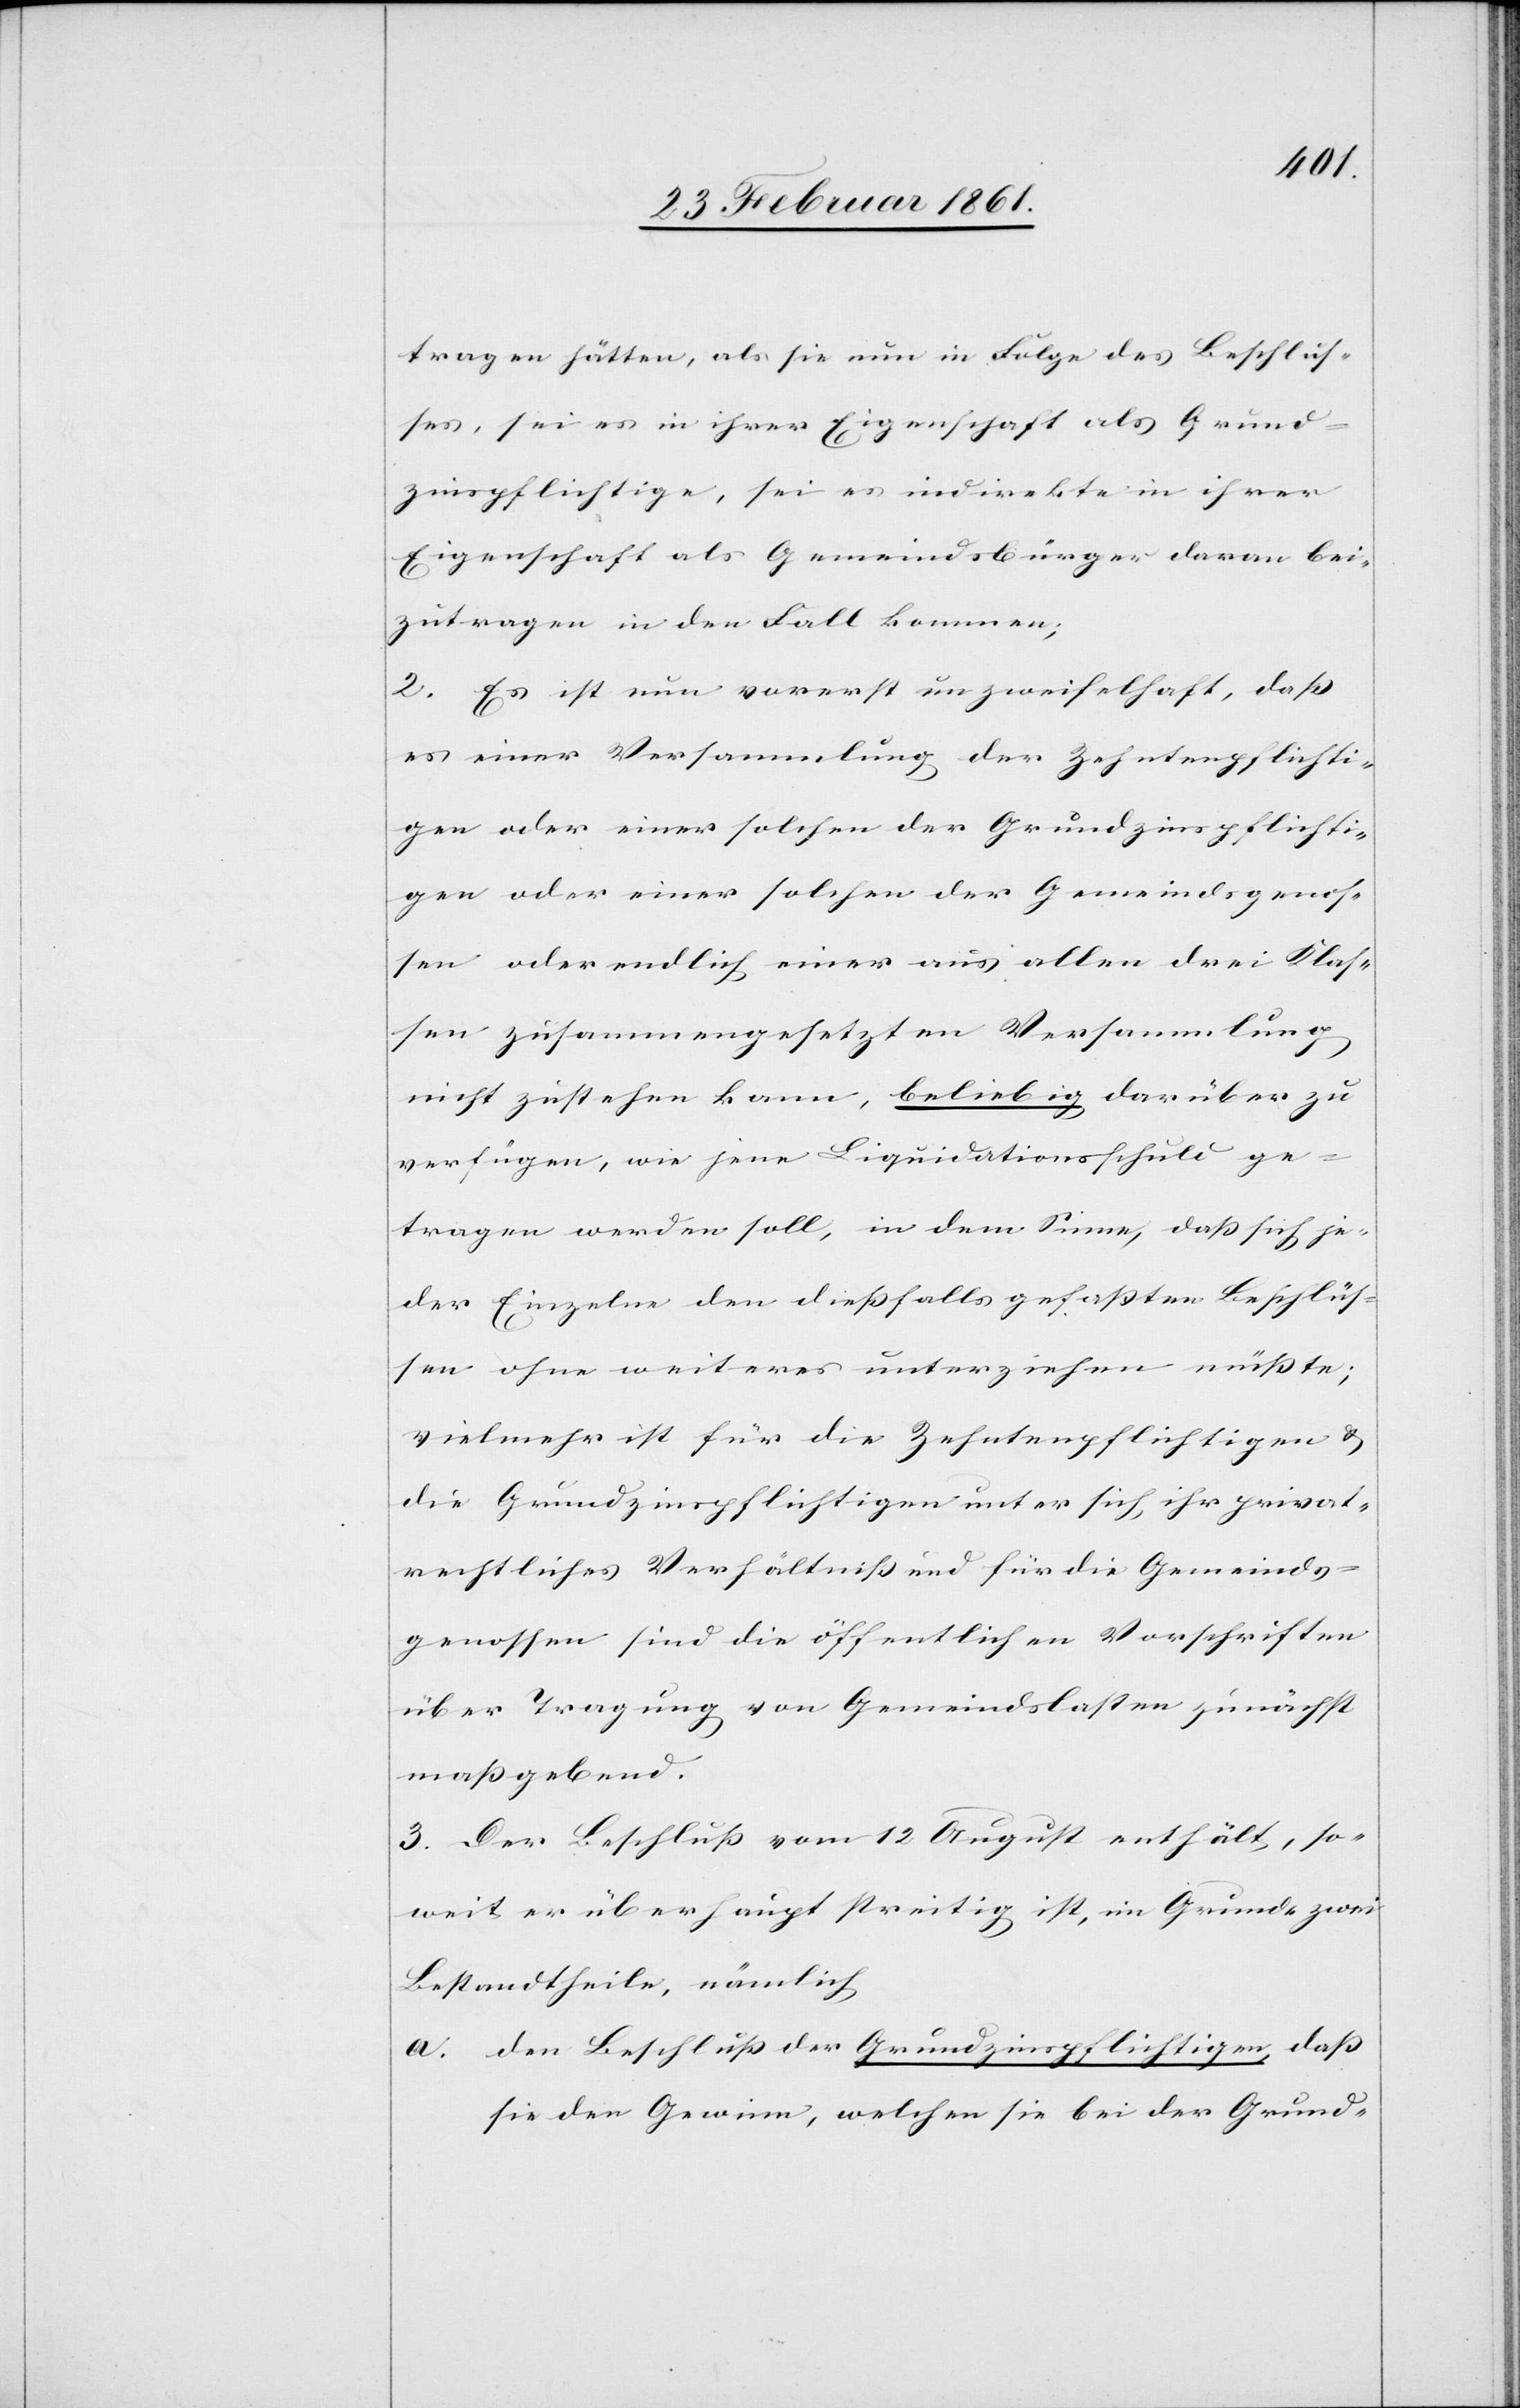
tragen hätten, als sie nun in Folge des Beschlus¬
ses, sei es in ihrer Eigenschaft als Grund¬
zinspflichtige, sei es indirekte in ihrer
Eigenschaft als Gemeindsbürger daran bei¬
zutragen in den Fall kommen;
2. Es ist nun vorerst unzweifelhaft, dass
es einer Versammlung der Zehntenpflichti¬
gen oder einer solchen der Grundzinspflichti¬
gen oder einer solchen der Gemeindsgenos¬
sen oder endlich einer aus allen drei Klas¬
sen zusammengesetzten Versammlung
nicht zustehen kann, beliebig darüber zu
verfügen, wie jene Liquidationsschuld ge¬
tragen werden soll, in dem Sinne, dass sich je¬
der Einzelne den diessfalls gefassten Beschlüs¬
sen ohne weiteres unterziehen müsste;
vielmehr ist für die Zehntenpflichtigen u.
die Grundzinspflichtigen unter sich, ihr privat¬
rechtliches Verhältniss und für die Gemeinds¬
genossen sind die öffentlichen Vorschriften
über Tragung von Gemeindslasten zunächst
massgebend.
3. Der Beschluss vom 12. August enthält, so¬
weit er überhaupt streitig ist, im Grunde zwei
Bestandtheile, nämlich:
a. den Beschluss der Grundzinspflichtigen, dass
sie den Gewinn, welchen sie bei der Grund-